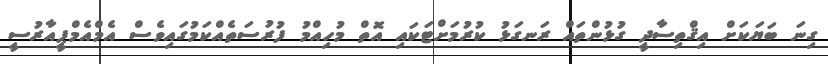
ގިނަ ބަޔަކަށް އިޤްތިސާދީ ގުޅުންތައް ރަނގަޅު ކުރުމަށްޓަކައި އޮތް މުހިއްމު ފުރުސަތެއްކަމުގައިވެސް އެމްއެމްޕީއާރުސީ